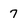
Character: 7